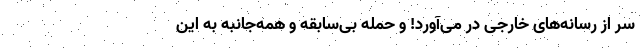
سر از رسانه‌های خارجی در می‌آورد! و حمله بی‌سابقه و همه‌جانبه به این